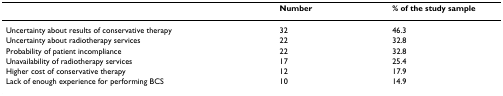
<table><thead><tr><td></td><td><b>Number</b></td><td><b>% of the study sample</b></td></tr></thead><tbody><tr><td>Uncertainty about results of conservative therapy</td><td>32</td><td>46.3</td></tr><tr><td>Uncertainty about radiotherapy services</td><td>22</td><td>32.8</td></tr><tr><td>Probability of patient incompliance</td><td>22</td><td>32.8</td></tr><tr><td>Unavailability of radiotherapy services</td><td>17</td><td>25.4</td></tr><tr><td>Higher cost of conservative therapy</td><td>12</td><td>17.9</td></tr><tr><td>Lack of enough experience for performing BCS</td><td>10</td><td>14.9</td></tr></tbody></table>